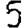
Digit: 5